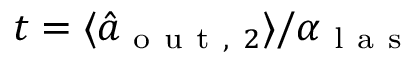
t = \langle \hat { a } _ { \mathrm { ~ o ~ u ~ t ~ , ~ } 2 } \rangle / \alpha _ { \mathrm { ~ l ~ a ~ s ~ } }